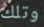
وتلك